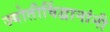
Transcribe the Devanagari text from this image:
ज्योतीर्विद्वानांनी